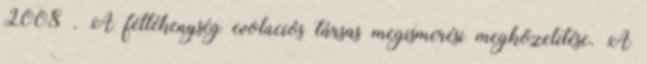
2008 . A féltékenység evolúciós társas megismerési megközelítése. A